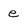
Character: e